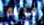
قالة